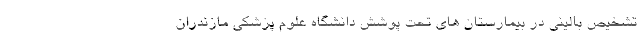
تشخیص بالینی در بیمارستان های تحت پوشش دانشگاه علوم پزشکی مازندران